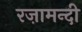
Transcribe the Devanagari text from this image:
रज़ामन्दी